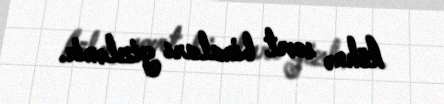
köhnə sovet binaları gizlənir.